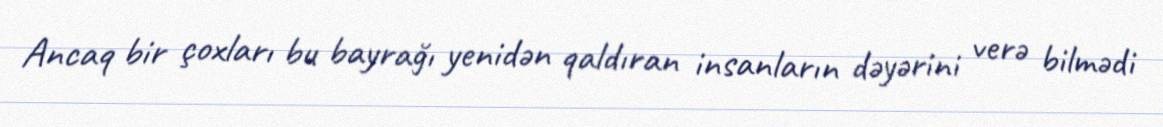
Ancaq bir çoxları bu bayrağı yenidən qaldıran insanların dəyərini verə bilmədi